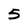
Character: 5